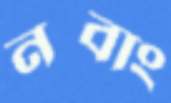
নবাং